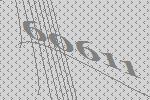
60611